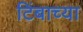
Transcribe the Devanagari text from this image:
टिंबाच्या